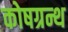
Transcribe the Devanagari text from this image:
कोषग्रन्थ